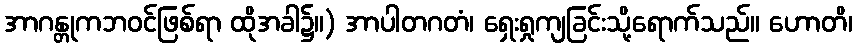
အာဂန္တုကဘဝင်ဖြစ်ရာ ထိုအခါ၌။) အာပါတဂတံ၊ ရှေးရှုကျခြင်းသို့ရောက်သည်။ ဟောတိ၊